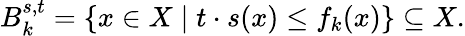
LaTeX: B_{k}^{s,t}=\{ x\in X\mid t\cdot s(x)\leq f_{k}(x)\} \subseteq X.